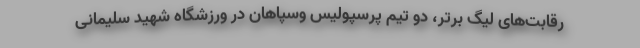
رقابت‌های لیگ برتر، دو تیم پرسپولیس وسپاهان در ورزشگاه شهید سلیمانی